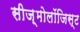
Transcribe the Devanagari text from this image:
सीज़्मोलॉजिस्ट